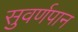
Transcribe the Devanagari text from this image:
सुवर्णपान